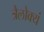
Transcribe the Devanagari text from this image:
त्रैलोक्यं